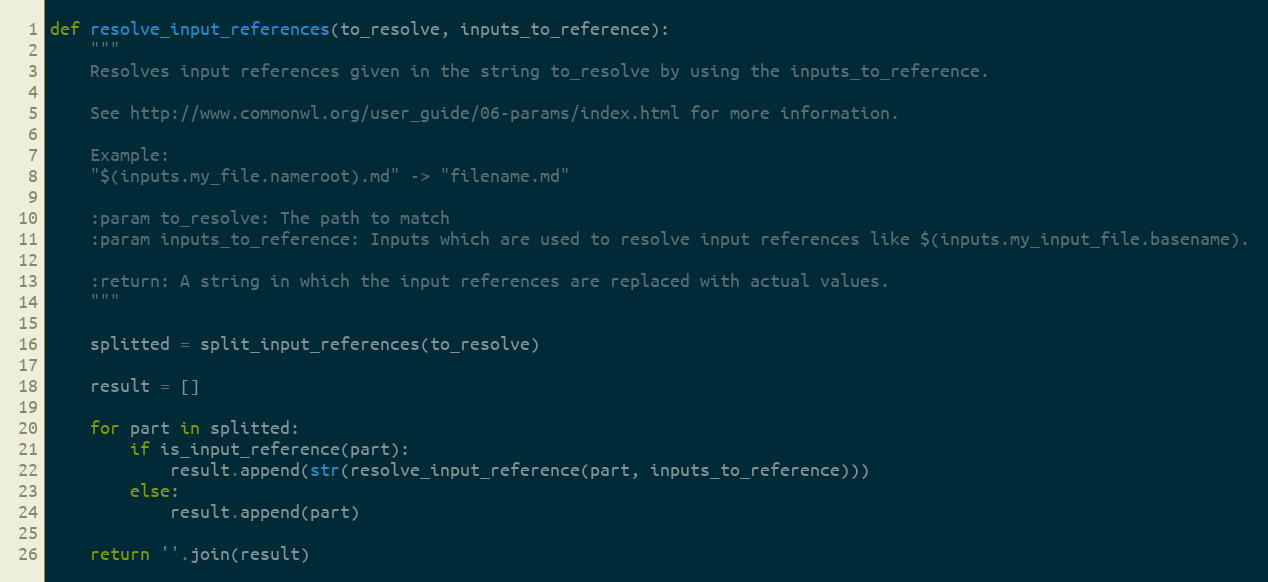
Language: Python
def resolve_input_references(to_resolve, inputs_to_reference):
    """
    Resolves input references given in the string to_resolve by using the inputs_to_reference.

    See http://www.commonwl.org/user_guide/06-params/index.html for more information.

    Example:
    "$(inputs.my_file.nameroot).md" -> "filename.md"

    :param to_resolve: The path to match
    :param inputs_to_reference: Inputs which are used to resolve input references like $(inputs.my_input_file.basename).

    :return: A string in which the input references are replaced with actual values.
    """

    splitted = split_input_references(to_resolve)

    result = []

    for part in splitted:
        if is_input_reference(part):
            result.append(str(resolve_input_reference(part, inputs_to_reference)))
        else:
            result.append(part)

    return ''.join(result)